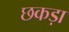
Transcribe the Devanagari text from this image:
छकड़ा